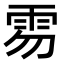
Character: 𩂂